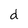
Character: d